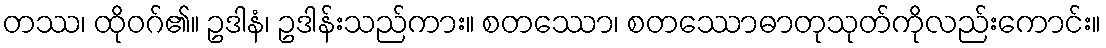
တဿ၊ ထိုဝဂ်၏။ ဥဒါနံ၊ ဥဒါန်းသည်ကား။ စတဿော၊ စတဿောဓာတုသုတ်ကိုလည်းကောင်း။